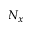
N _ { x }